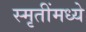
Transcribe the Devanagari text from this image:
स्मृतींमध्ये